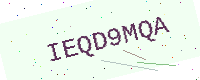
Text: IEQD9MQA